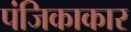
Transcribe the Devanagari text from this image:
पंजिकाकार